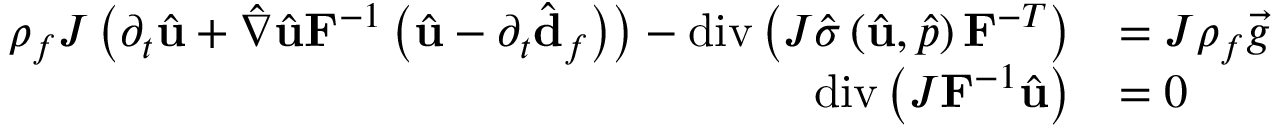
\begin{array} { r l } { \rho _ { f } J \left( \partial _ { t } \hat { \mathbf { u } } + \hat { \nabla } \hat { \mathbf { u } } \mathbf { F } ^ { - 1 } \left( \hat { \mathbf { u } } - \partial _ { t } \hat { \mathbf { d } } _ { f } \right) \right) - \operatorname { d i v } \left( J \hat { \boldsymbol { \sigma } } \left( \hat { \mathbf { u } } , \hat { p } \right) \mathbf { F } ^ { - T } \right) } & { = J \rho _ { f } \vec { g } \quad } \\ { \operatorname { d i v } \left( J \mathbf { F } ^ { - 1 } \hat { \mathbf { u } } \right) } & { = 0 \quad } \end{array}